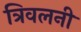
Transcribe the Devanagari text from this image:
त्रिवलनी